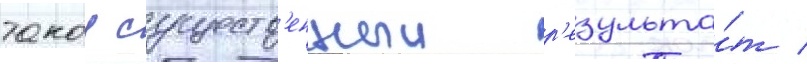
такои существ'енныи р'езульта́т /